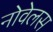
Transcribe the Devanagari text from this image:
नोवेलस